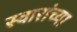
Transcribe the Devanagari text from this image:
स्वारांच्या